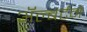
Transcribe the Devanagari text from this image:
ॲल्बर्टने